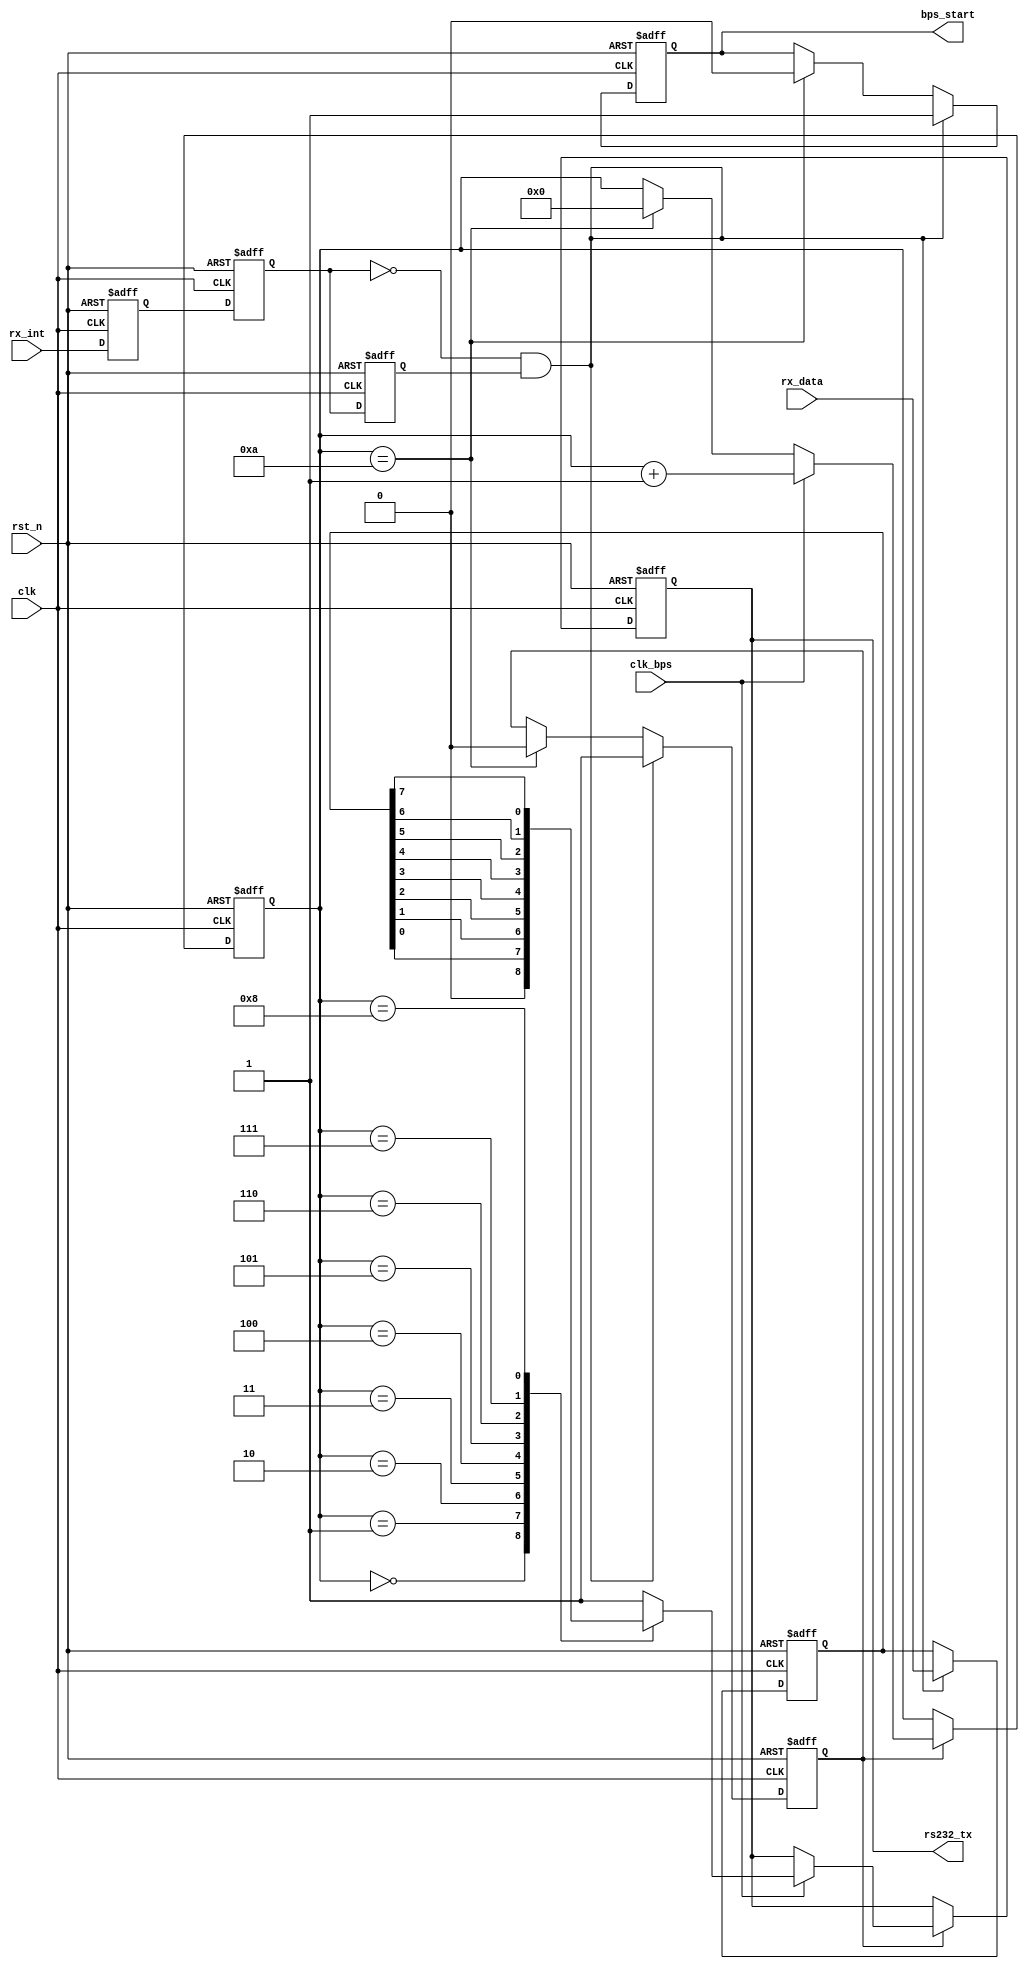
module uart_tx(
				clk,rst_n,
				rx_data,rx_int,rs232_tx,
				clk_bps,bps_start
			);

input clk;			
input rst_n;		
input clk_bps;		
input[7:0] rx_data;
input rx_int;		
output rs232_tx;
output bps_start;


reg rx_int0,rx_int1,rx_int2;	
wire neg_rx_int;	

always @ (posedge clk or negedge rst_n) begin
	if(!rst_n) begin
			rx_int0 <= 1'b1;
			rx_int1 <= 1'b1;
			rx_int2 <= 1'b1;
		end
	else begin
			rx_int0 <= rx_int;
			rx_int1 <= rx_int0;
			rx_int2 <= rx_int1;
		end
end

assign neg_rx_int =  ~rx_int1 & rx_int2;	


reg[7:0] tx_data;	

reg bps_start_r;
reg tx_en;	
reg[3:0] num;

always @ (posedge clk or negedge rst_n) begin
	if(!rst_n) begin
			bps_start_r <= 1'b0;
			tx_en <= 1'b0;
			tx_data <= 8'd0;
		end
	else if(neg_rx_int) begin	
			bps_start_r <= 1'b1;
			tx_data <= rx_data;	
			tx_en <= 1'b1;		
		end
	else if(num==4'd10) begin	
			bps_start_r <= 1'b0;
			tx_en <= 1'b0;
		end
end

assign bps_start = bps_start_r;


reg rs232_tx_r;

always @ (posedge clk or negedge rst_n) begin
	if(!rst_n) begin
			num <= 4'd0;
			rs232_tx_r <= 1'b1;
		end
	else if(tx_en) begin
			if(clk_bps)	begin
					num <= num+1'b1;
					case (num)
						4'd0: rs232_tx_r <= 1'b0; 	
						4'd1: rs232_tx_r <= tx_data[0];	
						4'd2: rs232_tx_r <= tx_data[1];	
						4'd3: rs232_tx_r <= tx_data[2];	
						4'd4: rs232_tx_r <= tx_data[3];	
						4'd5: rs232_tx_r <= tx_data[4];	
						4'd6: rs232_tx_r <= tx_data[5];	
						4'd7: rs232_tx_r <= tx_data[6];	
						4'd8: rs232_tx_r <= tx_data[7];	
						4'd9: rs232_tx_r <= 1'b1;	
					 	default: rs232_tx_r <= 1'b1;
						endcase
				end
			else if(num==4'd10) num <= 4'd0;	
		end
end

assign rs232_tx = rs232_tx_r;

endmodule